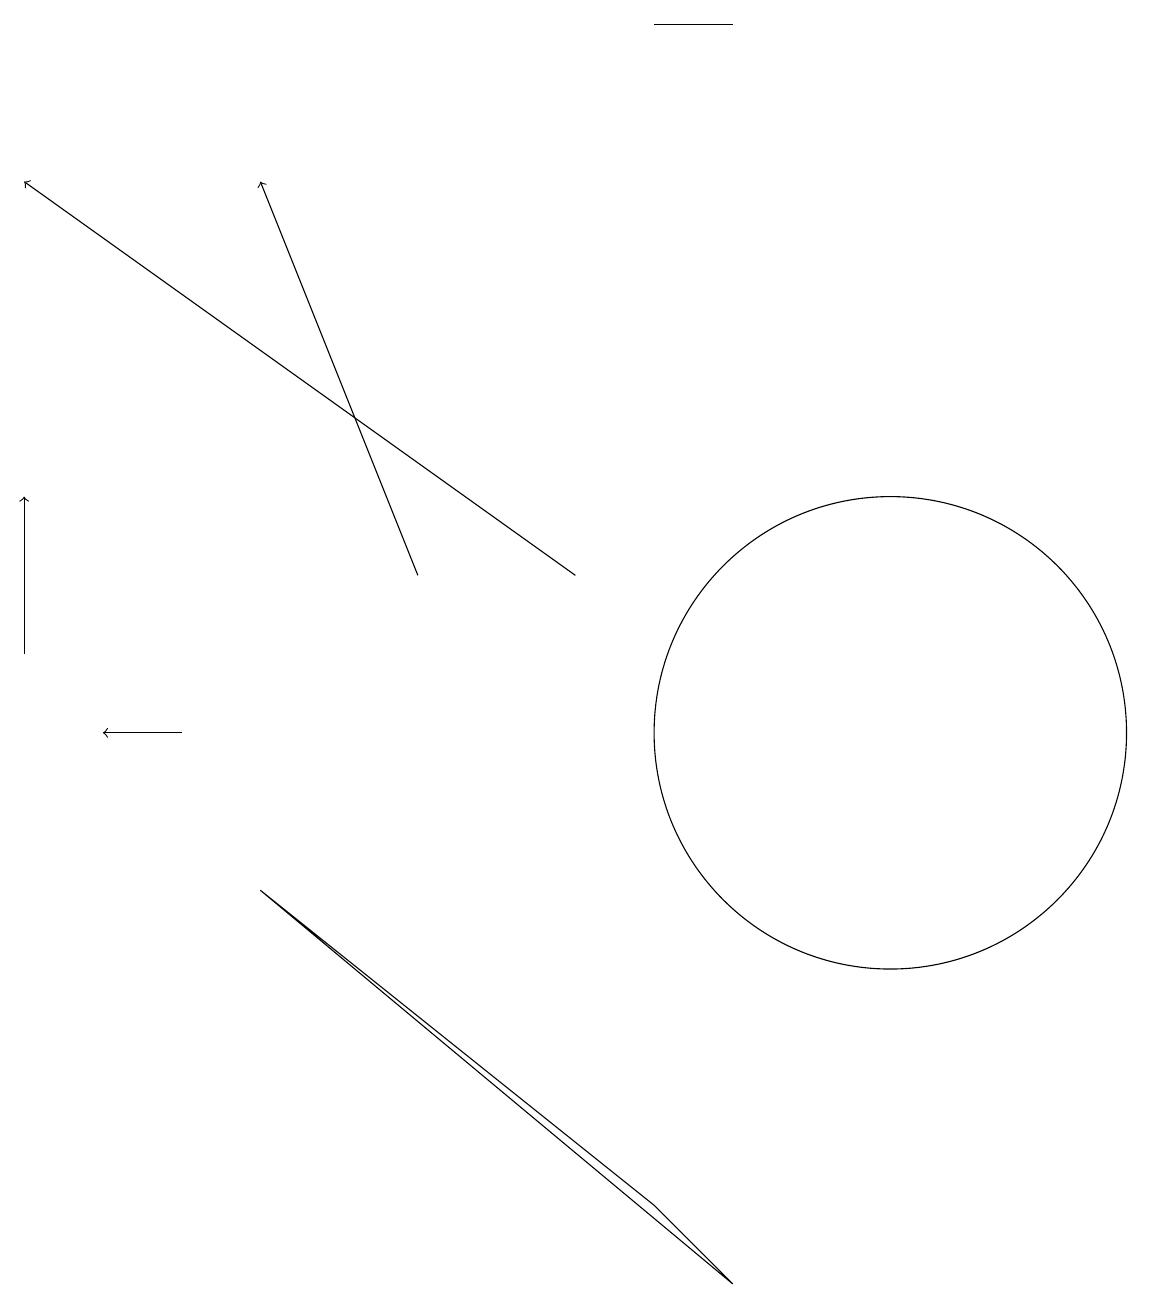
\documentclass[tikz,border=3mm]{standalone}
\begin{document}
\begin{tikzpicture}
\draw[->] (7,12) -- (0,17);
\draw (11,10) circle (3);
\draw (9,3) -- (3,8) -- (8,4) -- cycle;
\draw[->] (5,12) -- (3,17);
\draw[->] (2,10) -- (1,10);
\draw (9,19) rectangle (8,19);
\draw[->] (0,11) -- (0,13);
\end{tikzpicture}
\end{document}